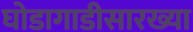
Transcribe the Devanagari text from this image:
घोडागाडीसारख्या